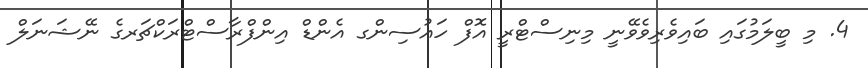
4. މި ބީލަމުގައި ބައިވެރިވެވޭނީ މިނިސްޓްރީ އޮފް ހައުސިންގ އެންޑް އިންފްރާސްޓްރަކްޗަރގެ ނޭޝަނަލް